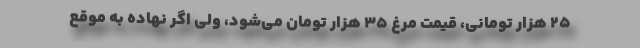
۲۵ هزار تومانی، قیمت مرغ ۳۵ هزار تومان می‌شود، ولی اگر نهاده به موقع